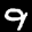
Label: 9